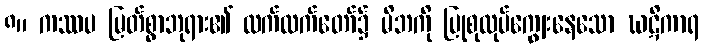
၈။ ကဿပ မြတ်စွာဘုရား၏ လက်ထက်တော်၌ မိဘကို ပြုစုလုပ်ကျွေးနေသော ဃဋိကာရ